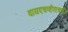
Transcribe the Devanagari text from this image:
वायएचव्हीएचची